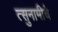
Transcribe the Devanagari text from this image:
त्सुनामीचे